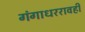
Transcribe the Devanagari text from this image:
गंगाधररावही